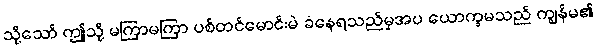
သို့သော် ဤသို့ မကြာမကြာ ပစ်တင်မောင်းမဲ ခံနေရသည်မှအပ ယောက္ခမသည် ကျွန်မ၏